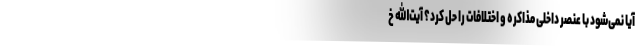
آیا نمی‌شود با عنصر داخلی مذاکره و اختلافات را حل کرد؟ آیت‌الله خ